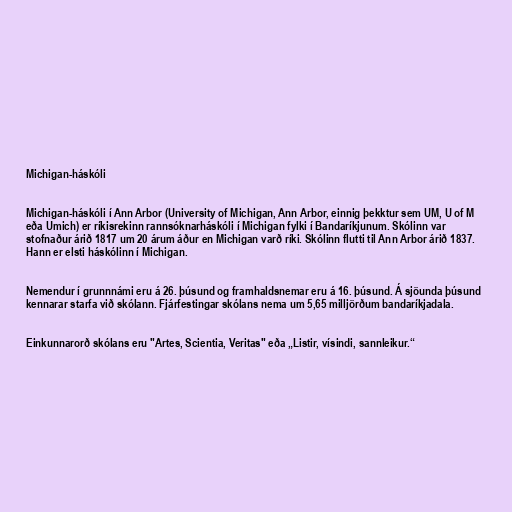
Michigan-háskóli

Michigan-háskóli í Ann Arbor (University of Michigan, Ann Arbor, einnig þekktur sem UM, U of M
eða Umich) er ríkisrekinn rannsóknarháskóli í Michigan fylki í Bandaríkjunum. Skólinn var
stofnaður árið 1817 um 20 árum áður en Michigan varð ríki. Skólinn flutti til Ann Arbor árið 1837.
Hann er elsti háskólinn í Michigan.

Nemendur í grunnnámi eru á 26. þúsund og framhaldsnemar eru á 16. þúsund. Á sjöunda þúsund
kennarar starfa við skólann. Fjárfestingar skólans nema um 5,65 milljörðum bandaríkjadala.

Einkunnarorð skólans eru "Artes, Scientia, Veritas" eða „Listir, vísindi, sannleikur.“